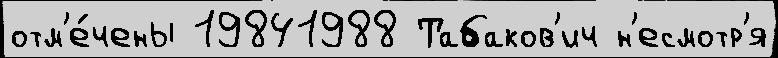
отм'е́чены 19841988 Табаков'ич н'есмотр'я